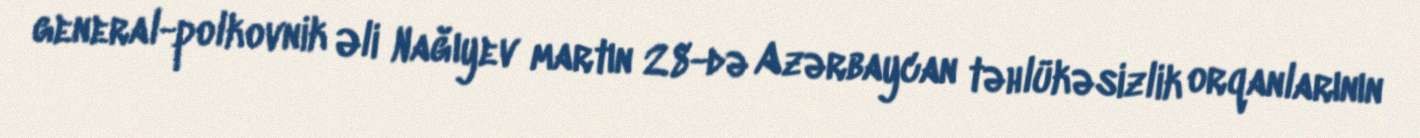
general-polkovnik Əli Nağıyev martın 28-də Azərbaycan təhlükəsizlik orqanlarının